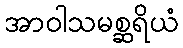
အာဝါသမစ္ဆရိယံ